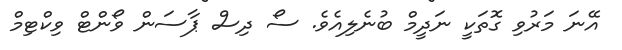
އޭނަ މަރުވި ގޮތަކީ ނަދީމް ބުނެލިއެވެ. ސޯ ދިސް ޕާސަން ވޯންޓް ވިކްޓިމް